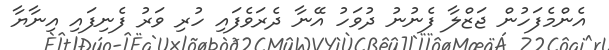
އެންމެފަހުން ޖަޒްލާ ފެނުނު ދުވަހު އޭނާ ދެރަވެފައި ހުރި ވަރު ފެނިފައި އިނާޔާ